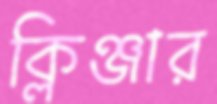
ক্লিঞ্জার